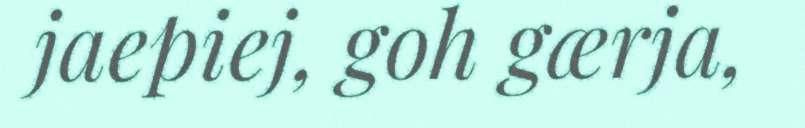
jaepiej, goh gærja,